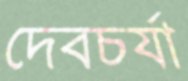
দেবচর্যা